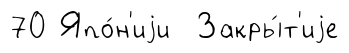
70 Япо́н'иjи Закры́т'иjе